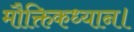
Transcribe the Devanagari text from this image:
मौक्तिकध्यान।